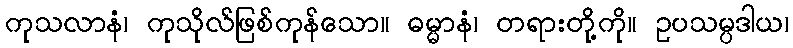
ကုသလာနံ၊ ကုသိုလ်ဖြစ်ကုန်သော။ ဓမ္မာနံ၊ တရားတို့ကို။ ဥပသမ္ပဒါယ၊